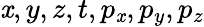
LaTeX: \mathit{x},y,z,t,p_{\mathit{x}},p_{y},p_{z}